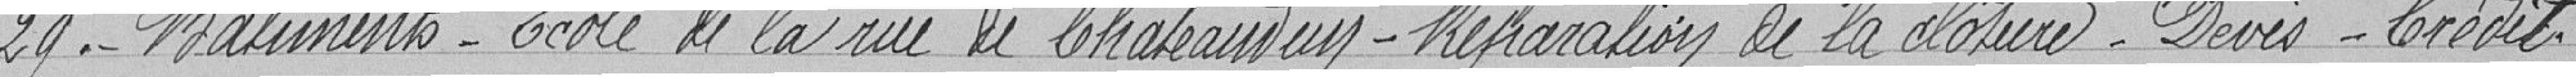
29. - Bâtiments - Ecole de la rue de Châteaudun - Réparation de la clôture - Devis - Crédit.